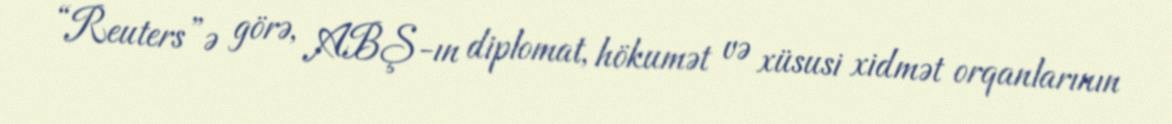
“Reuters”ə görə, ABŞ-ın diplomat, hökumət və xüsusi xidmət orqanlarının